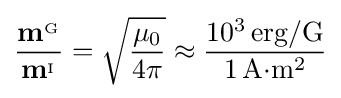
{\frac {\mathbf {m} ^{_{\mathrm {G} }}}{\mathbf {m} ^{_{\mathrm {I} }}}}={\sqrt {\frac {\mu _{0}}{4\pi }}}\approx {\frac {10^{3}\,\mathrm {erg/G} }{1\,\mathrm {A} {\cdot }\mathrm {m} ^{2}}}